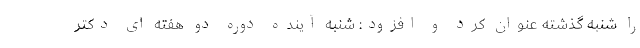
را شنبه گذشته عنوان کرد و افزود: شنبه آینده دوره دو هفته ای دکتر